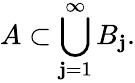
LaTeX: A\subset\bigcup_{\mathbf{j}=1}^{\infty}B_{\mathbf{j}}.